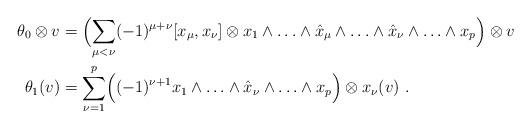
LaTeX: \begin{align*} \theta_0\otimes v & = \Bigl(\sum_{\mu < \nu} (-1)^{\mu + \nu} [x_{\mu},x_{\nu}] \otimes x_1 \wedge \ldots \wedge \hat{x}_{\mu} \wedge \ldots \wedge \hat{x}_{\nu} \wedge \ldots \wedge x_p\Bigr) \otimes v \\\theta_1(v) & = \sum_{\nu=1}^p \Bigl( (-1)^{\nu+1} x_1 \wedge \ldots \wedge \hat{x}_{\nu} \wedge \ldots \wedge x_p\Bigr) \otimes x_{\nu}(v) \ .\end{align*}